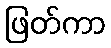
ဖြတ်ကာ